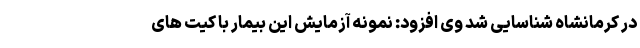
در کرمانشاه شناسایی شد وی افزود: نمونه آزمایش این بیمار با کیت های